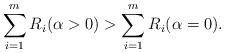
LaTeX: \begin{align*}\sum_{i=1}^m R_i(\alpha>0) > \sum_{i=1}^m R_i(\alpha=0).\end{align*}